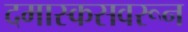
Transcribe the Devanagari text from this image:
दमास्कसवरून